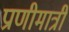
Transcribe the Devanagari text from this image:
प्राणीमात्री